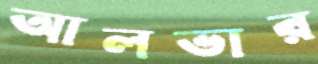
আলভার